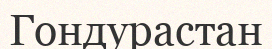
Гондурастан